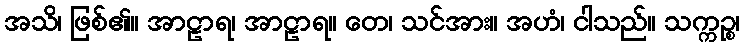
အသိ၊ ဖြစ်၏။ အာဠာရ၊ အာဠာရ။ တေ၊ သင်အား။ အဟံ၊ ငါသည်။ သက္ကဉ္စ၊